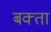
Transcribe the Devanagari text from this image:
बक्‍ता